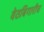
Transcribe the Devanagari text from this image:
वेठबिगारीच